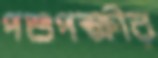
পশুপক্ষীর